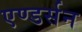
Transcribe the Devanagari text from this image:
एण्डर्सन